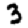
Digit: 3